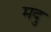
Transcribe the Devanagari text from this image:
मदु